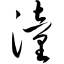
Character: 潼